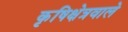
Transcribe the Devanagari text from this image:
कृषिक्षेत्रवाले